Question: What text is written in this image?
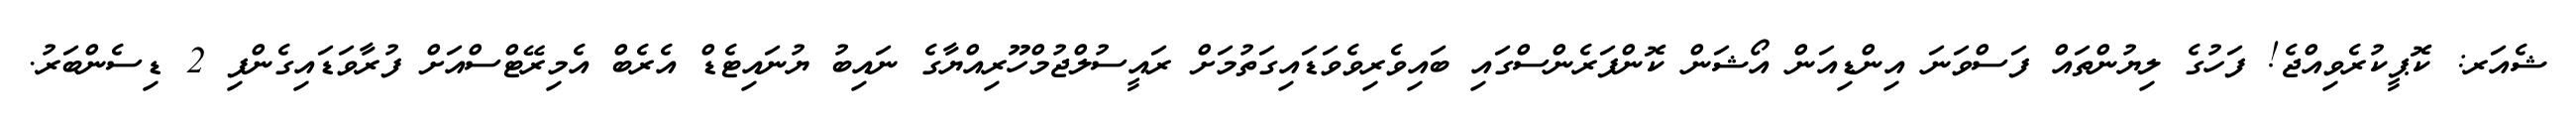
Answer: ޝެއަރ: ކޮޕީކުރެވިއްޖެ! ފަހުގެ ލިޔުންތައް ފަސްވަނަ އިންޑިއަން އޯޝަން ކޮންފަރެންސްގައި ބައިވެރިވެވަޑައިގަތުމަށް ރައީސުލްޖުމްހޫރިއްޔާގެ ނައިބު ޔުނައިޓެޑް އެރެބް އެމިރޭޓްސްއަށް ފުރާވަޑައިގެންފި 2 ޑިސެންބަރު.